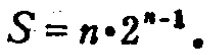
\(S = n\cdot 2^{n - 1}\)